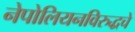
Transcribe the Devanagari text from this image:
नेपोलियनविरुद्धचे